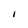
Character: I